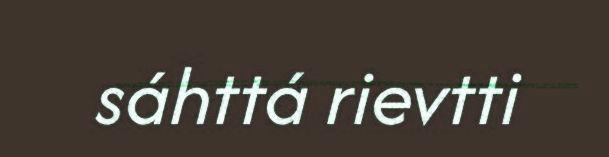
sáhttá rievtti